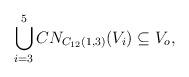
LaTeX: \begin{align*}\bigcup\limits_{i=3}^{5} CN_{C_{12}(1,3)}(V_i)\subseteq V_o,\end{align*}